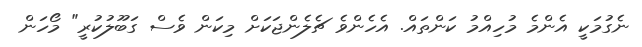
ނެގުމަކީ އެންމެ މުހިއްމު ކަންތައް. އެހެންވެ ޗެލެންޖަކަށް މިކަން ވެސް ގަބޫލުކުރީ" މޯހަން